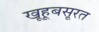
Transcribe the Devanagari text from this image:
खूहूबसूरत